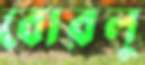
বোরলু